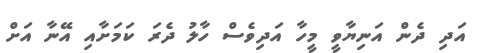
އަދި ދެން އަނިޔާވީ މީހާ އަދިވެސް ހާލު ދެރަ ކަމަށާއި އޭނާ އަށް